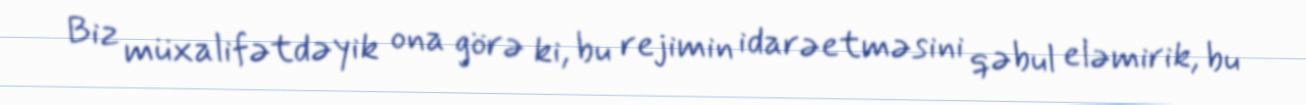
Biz müxalifətdəyik ona görə ki, bu rejimin idarəetməsini qəbul eləmirik, bu